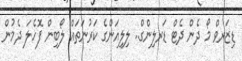
ޑިޒަރވް މޯ ދެން ދެޓް ޑަރލިންގް.. ލިލިއަންގެ ކަރުނަތައް ލޯބިން ފޮހެލަ ދެމުން